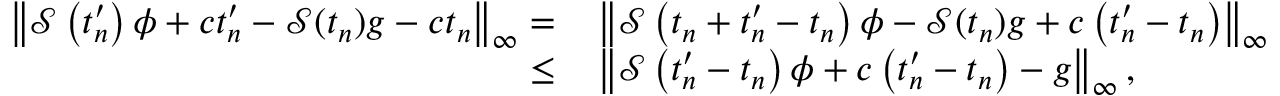
\begin{array} { r l } { \left\| \mathcal S \left( t _ { n } ^ { \prime } \right) \phi + c t _ { n } ^ { \prime } - \mathcal S ( t _ { n } ) g - c t _ { n } \right\| _ { \infty } = } & { \, \left\| \mathcal S \left( t _ { n } + t _ { n } ^ { \prime } - t _ { n } \right) \phi - \mathcal S ( t _ { n } ) g + c \left( t _ { n } ^ { \prime } - t _ { n } \right) \right\| _ { \infty } } \\ { \le } & { \, \left\| \mathcal S \left( t _ { n } ^ { \prime } - t _ { n } \right) \phi + c \left( t _ { n } ^ { \prime } - t _ { n } \right) - g \right\| _ { \infty } , } \end{array}